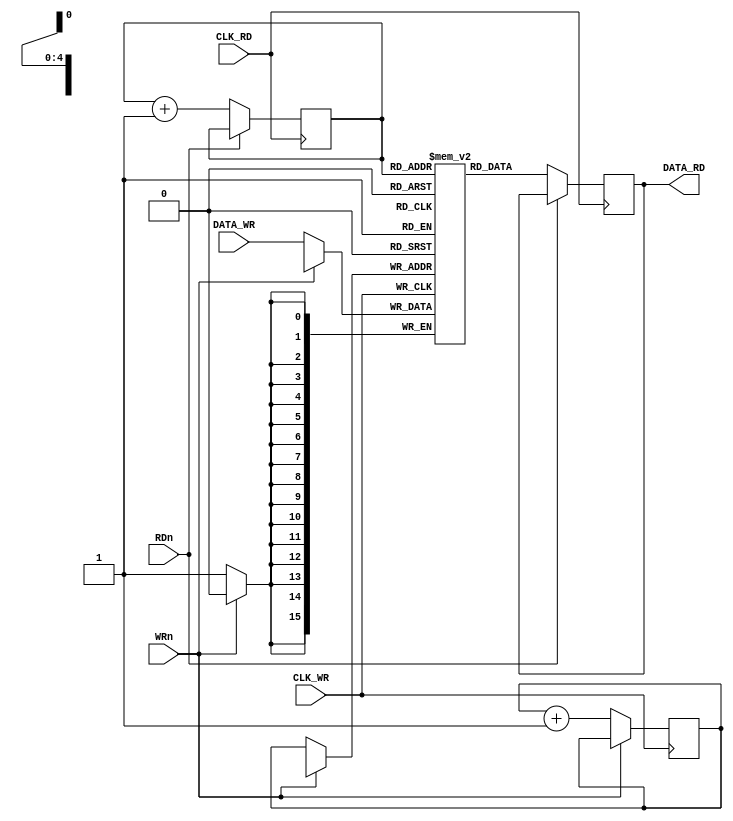
`timescale 1ns / 1ps
`default_nettype none
//////////////////////////////////////////////////////////////////////////////////
/*
MIT License

Copyright (c) 2023 Antonio Snchez (@TheSonders)

Permission is hereby granted, free of charge, to any person obtaining a copy
of this software and associated documentation files (the "Software"), to deal
in the Software without restriction, including without limitation the rights
to use, copy, modify, merge, publish, distribute, sublicense, and/or sell
copies of the Software, and to permit persons to whom the Software is
furnished to do so, subject to the following conditions:

The above copyright notice and this permission notice shall be included in all
copies or substantial portions of the Software.

THE SOFTWARE IS PROVIDED "AS IS", WITHOUT WARRANTY OF ANY KIND, EXPRESS OR
IMPLIED, INCLUDING BUT NOT LIMITED TO THE WARRANTIES OF MERCHANTABILITY,
FITNESS FOR A PARTICULAR PURPOSE AND NONINFRINGEMENT. IN NO EVENT SHALL THE
AUTHORS OR COPYRIGHT HOLDERS BE LIABLE FOR ANY CLAIM, DAMAGES OR OTHER
LIABILITY, WHETHER IN AN ACTION OF CONTRACT, TORT OR OTHERWISE, ARISING FROM,
OUT OF OR IN CONNECTION WITH THE SOFTWARE OR THE USE OR OTHER DEALINGS IN THE
SOFTWARE.
*/
//////////////////////////////////////////////////////////////////////////////////
module MEMORY_BUFFER(
	input wire CLK_RD,
	input wire CLK_WR,
	input wire RDn,
	input wire WRn,
	input wire [15:0]DATA_WR,
	output reg [15:0]DATA_RD=0);

	(* ram_style = "block" *)
	reg [15:0]Memory[0:31];
	integer x;
	initial begin
		for (x=0;x<32;x=x+1)begin
			Memory[x]<=16'h0000;
		end
	end
	reg [4:0]RDCounter=0;
	reg [4:0]WRCounter=0;
	
	always @(posedge CLK_RD) begin
		if (~RDn)begin
			DATA_RD<=Memory[RDCounter];
			RDCounter<=RDCounter+1;
		end
	end
	
	always @(posedge CLK_WR) begin
		if (~WRn)begin
			Memory[WRCounter]<=DATA_WR;
			WRCounter<=WRCounter+1;
		end
	end

endmodule